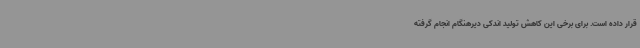
قرار داده است. برای برخی این کاهش تولید اندکی دیرهنگام انجام گرفته